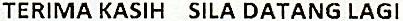
TERIMA KASIH SILA DATANG LAGI